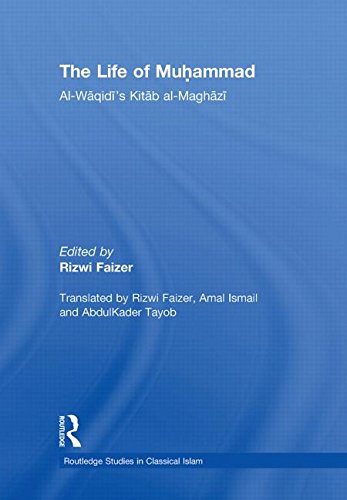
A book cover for The Life of Muhammad: Al-Waqidi's Kitab al-Maghazi (Routledge Studies in Classical Islam); Religion & Spirituality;